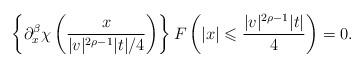
LaTeX: \begin{align*}\left\{\partial_x^\beta\chi\left(\frac{x}{|v|^{2\rho-1}|t|/4}\right)\right\}F\left(|x|\leqslant\frac{|v|^{2\rho-1}|t|}{4}\right)=0.\end{align*}